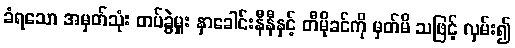
ခံရသော အမှတ်သုံး တပ်ခွဲမှူး နှာခေါင်းနီနီနှင့် တီမိုခင်ကို မှတ်မိ သဖြင့် လှမ်း၍